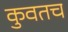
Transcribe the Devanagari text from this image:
कुवतच